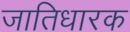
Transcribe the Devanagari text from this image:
जातिधारक